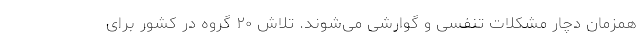
همزمان دچار مشکلات تنفسی و گوارشی می‌شوند. تلاش ۲۰ گروه در کشور برای